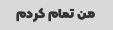
من تمام کردم